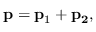
{ \bf p } = { \bf p } _ { 1 } + { \bf p _ { 2 } } ,